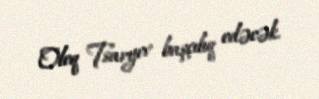
Oleq Tsaryev başçılıq edəcək.